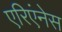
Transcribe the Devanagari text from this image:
एरिएंनेस